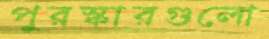
পুরস্কারগুলো